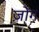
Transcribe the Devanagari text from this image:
ज़ोंग